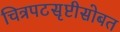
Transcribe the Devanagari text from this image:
चित्रपटसृष्टीसोबत